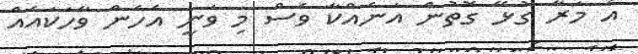
އެ މަރާ ގުޅޭ ގޮތުން އަނެއްކާ ވެސް މި ވަނީ އެހެން ވާހަކައެއް